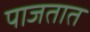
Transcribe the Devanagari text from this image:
पाजतात